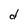
Character: d